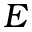
E